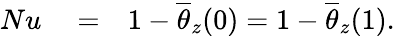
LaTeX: \begin{array}{rlr}{Nu}&{{}=}&{1-\overline{{\theta}}_{z}(0)=1-\overline{{\theta}}_{z}(1).}\end{array}